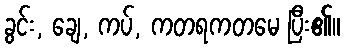
ခွင်း, ချေ, ကပ်, ကတရကတမေ ပြီး၏။